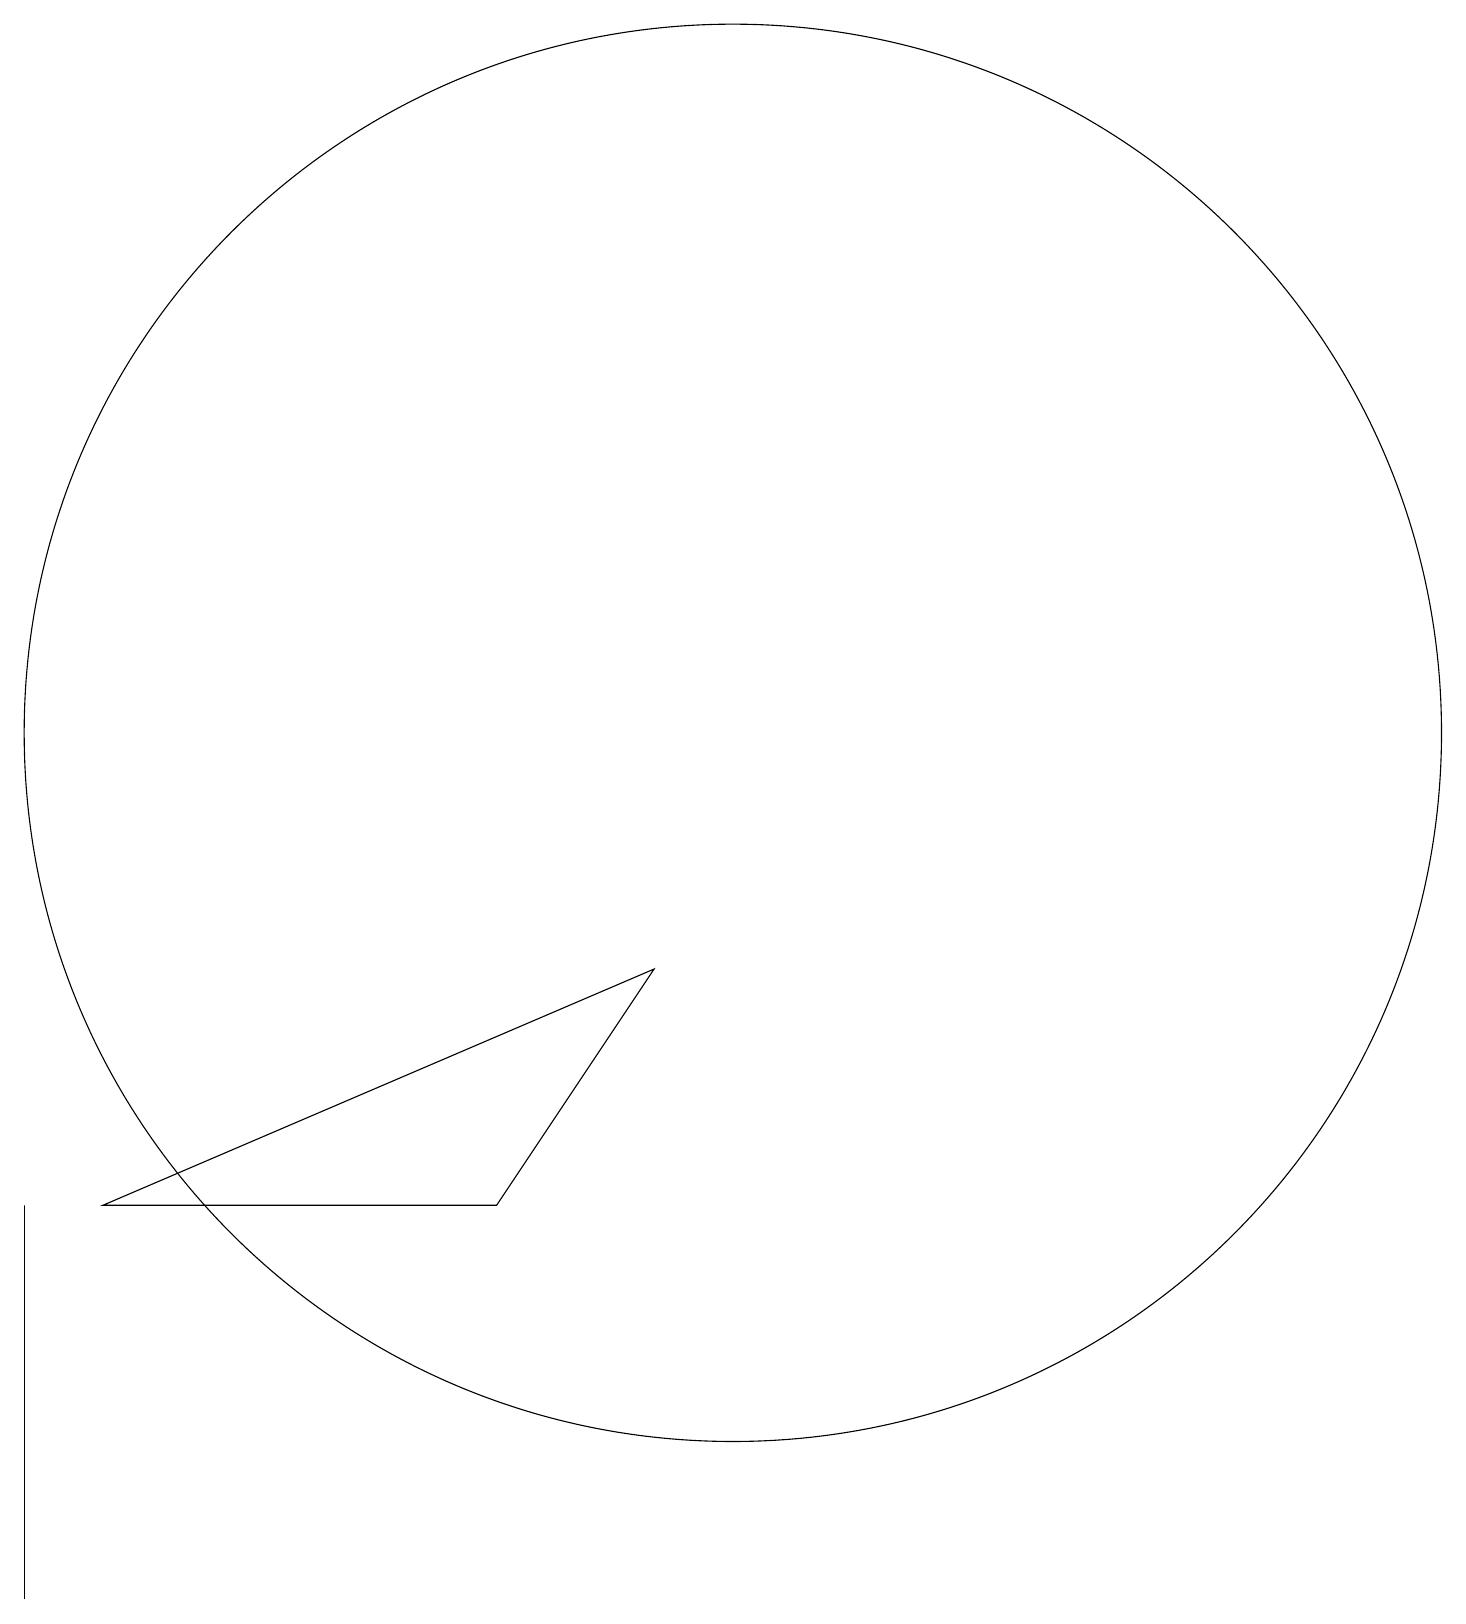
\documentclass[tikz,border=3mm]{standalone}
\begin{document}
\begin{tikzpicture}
\draw (9,8) -- (2,5) -- (7,5) -- cycle;
\draw (1,5) -- (1,0) -- (1,4) -- cycle;
\draw (10,11) circle (9);
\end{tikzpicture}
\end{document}